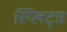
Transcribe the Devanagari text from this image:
स्प्लिट्स